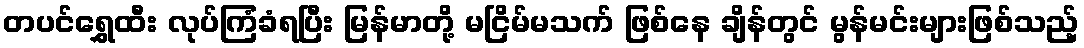
တပင်ရွှေထီး လုပ်ကြံခံရပြီး မြန်မာတို့ မငြိမ်မသက် ဖြစ်နေ ချိန်တွင် မွန်မင်းများဖြစ်သည့်